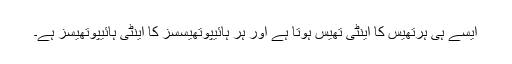
ایسے ہی ہرتھیس کا اینٹی تھیس ہوتا ہے اور ہر ہائیپوتھیسسز کا اینٹی ہائیپوتھیسز ہے۔